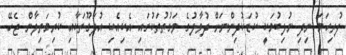
ފުރިހަމަ ނިދި ނުލިބުމަކީ ކުޑަކުދިންނަށް ދުވާލުގެ ވަގުތުތަކުގައި އެކިއެކި އުދަގޫތަކާއި ކުރިމަތިލާން ޖެހޭ